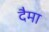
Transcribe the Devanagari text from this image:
दैमा